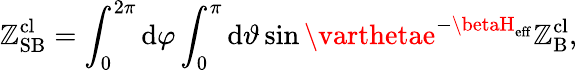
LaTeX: \mathbb{Z}_{\mathrm{{SB}}}^{\mathrm{{cl}}}=\int_{0}^{2\pi}\mathrm{{d}}\varphi\int_{0}^{\pi}\mathrm{{d}}\vartheta\sin\varthetae^{-\betaH_{\mathrm{{eff}}}}\mathbb{Z}_{\mathrm{{B}}}^{\mathrm{{cl}}},